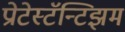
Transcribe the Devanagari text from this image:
प्रोटेस्टॅन्टिझम